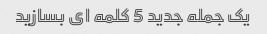
یک جمله جدید 5 کلمه ای بسازید